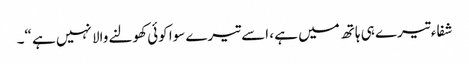
شفاء تیرے ہی ہاتھ میں ہے ، اسے تیرے سوا کوئی کھولنے والا نہیں ہے “۔